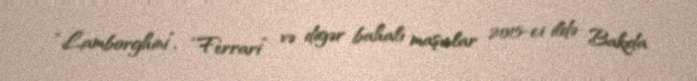
“Lamborghini”, “Ferrari” və digər bahalı maşınlar 2015-ci ildə Bakıda